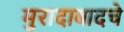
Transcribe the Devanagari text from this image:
मुरादाबादचे